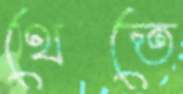
থেতে